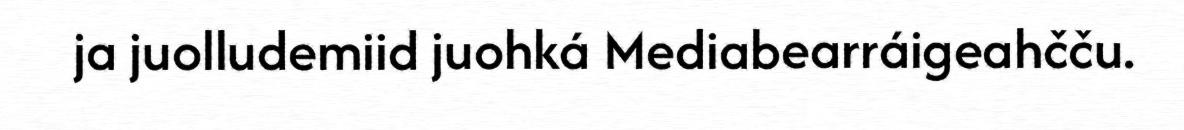
ja juolludemiid juohká Mediabearráigeahčču.